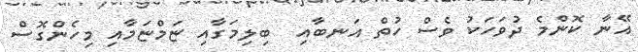
އޭނާ ކޮންމެ ދުވަހަކު ވެސް ހުތް އަނބާއި  ބިލިމަގާއި ޏަމްޏަމާއި މިހެންގޮސް